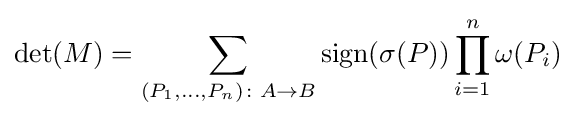
\det(M)=\sum _{(P_{1},\ldots ,P_{n})\colon A\to B}\mathrm {sign} (\sigma (P))\prod _{i=1}^{n}\omega (P_{i})